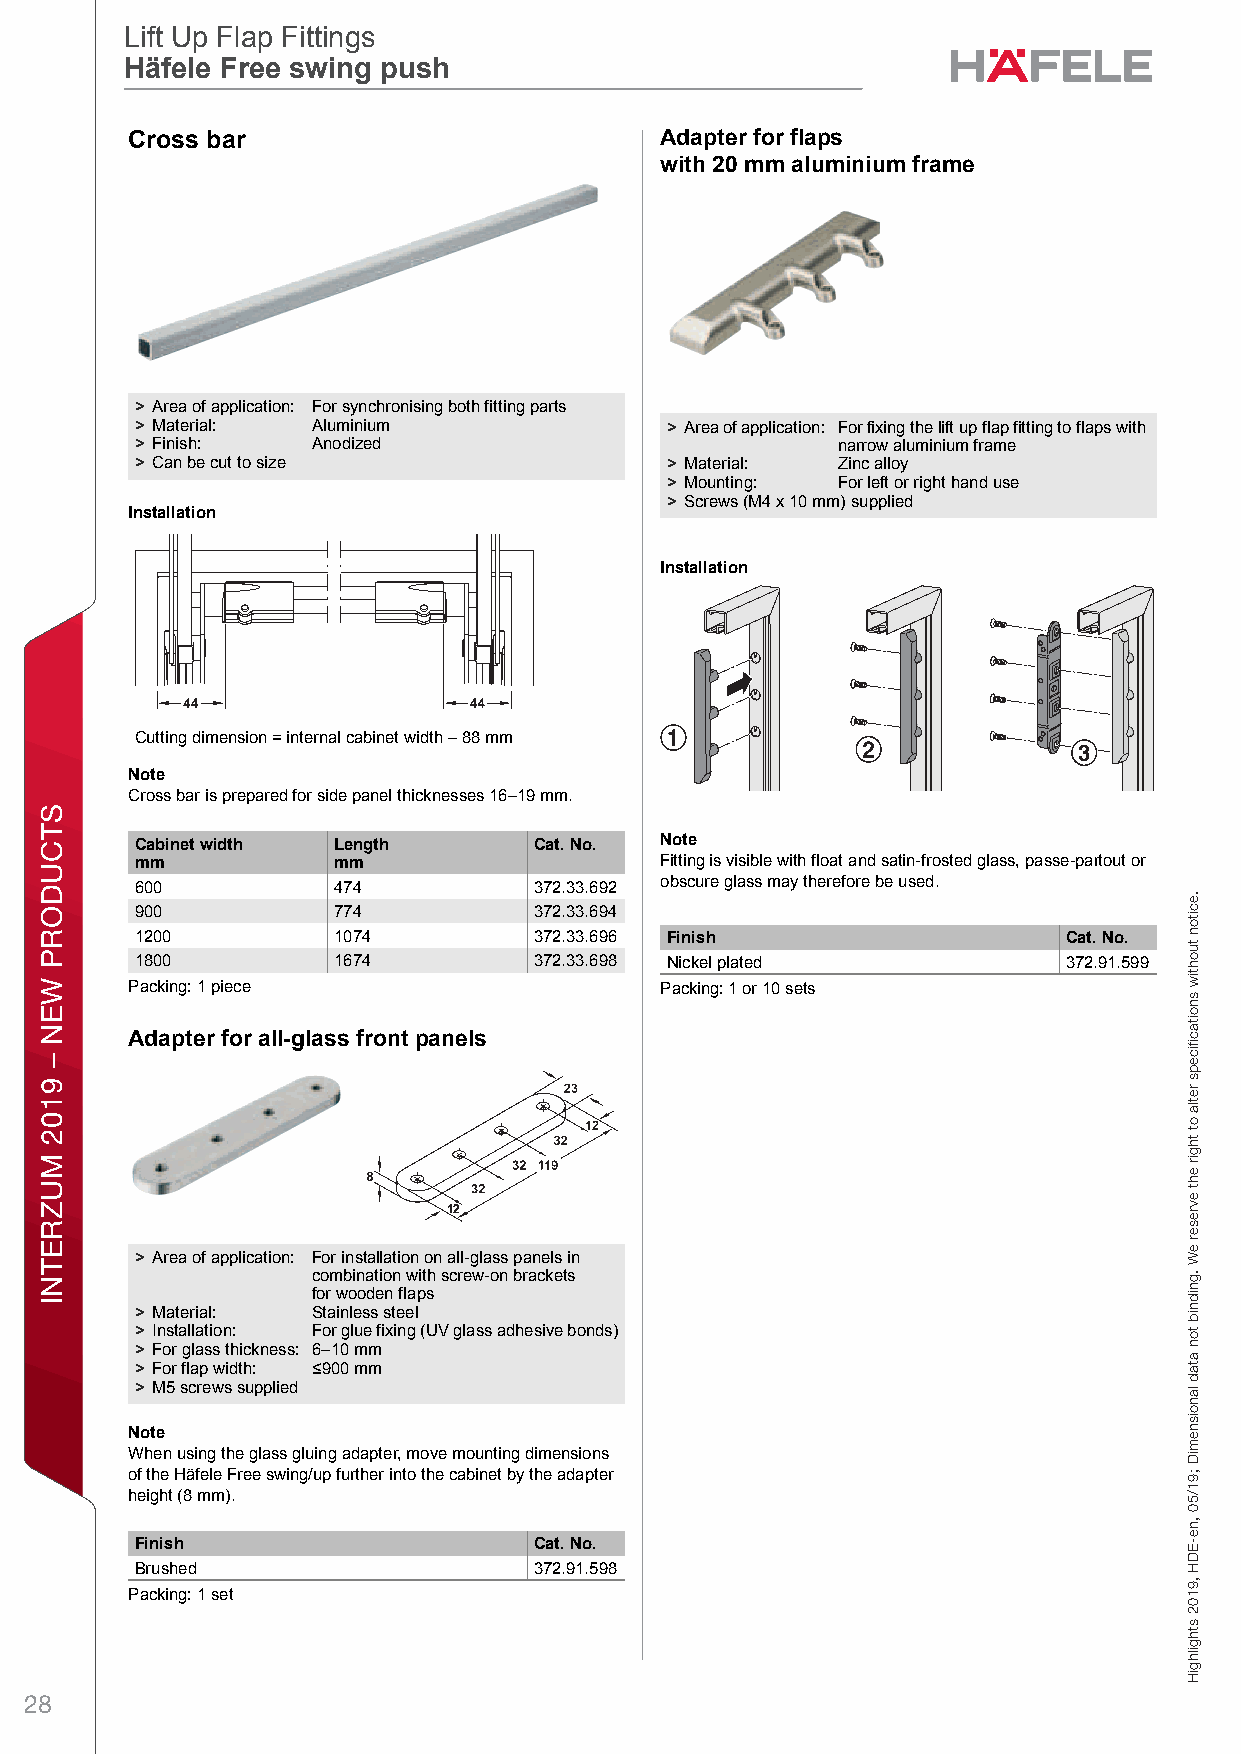
Lift Up Flap Fittings
 Lift Up Flap Fittings
 Häfele Free swing push
 Häfele Free Swing – Accessories
 Swing-Up Front FittingsFlap fittings Häfele Free E-Drive – Swing-up front fitting – accessoriesPlanning and ConstructionDimensional data not binding. We reserve the right to alter specifications without notice.
 HCäfele Flarp FittoingsLift Usp Flaps Fittings Häfbele Freea Swing r– AccessoriesPlanning and ConstructionDimensional data not binding. We reserve the right to alter specifications without notice. Adapter for flaps
 with 20 mm aluminium frame
 5
 > Area of application: For synchronising both fitting parts
 > Material: Aluminium              > Area of application: For fixing the lift up flap fitting to flaps with
 > Finish:   Anodized                          narrow aluminium frame
 > Can be cut to size               > Material: Zinc alloy
 > Mounting: For left or right hand use
 > Screws (M4 x 10 mm) supplied
 Installation
 Installation
 Cutting dimension = internal cabinet width – 88 mm
 Note
 Cross bar is prepared for side panel thicknesses 16–19 mm.
 Cabinet width Length      Cat. No. Note
 mm           mm                    Fitting is visible with float and satin-frosted glass, passe-partout or
 600          474          372.33.692 obscure glass may therefore be used.
 900          774          372.33.694
 1200         1074         372.33.696 Finish                   Cat. No.
 1800         1674         372.33.698 Nickel plated            372.91.599
 Packing: 1 piece                   Packing: 1 or 10 sets
 Adapter for all-glass front panels
 > Area of application: For installation on all-glass panels in
 combination with screw-on brackets
 for wooden flaps
 > Material: Stainless steel
 > Installation: For glue fixing (UV glass adhesive bonds)
 > For glass thickness: 6–10 mm
 > For flap width: <900 mm
 > M5 screws supplied
 Note
 When using the glass gluing adapter, move mounting dimensions
 of the Häfele Free swing/up further into the cabinet by the adapter
 height (8 mm).
 Finish                    Cat. No.
 Brushed                   372.91.598
 Packing: 1 set
 28
 STCUDORP
 WEN
 –
 9102
 MUZRETNI
 sgnittiF
 palF
 elefäH
 .eciton
 tuohtiw
 snoitacfiiceps
 retla
 ot
 thgir
 eht
 evreser
 eW
 .gnidnib
 ton
 atad
 lanoisnemiD
 ;91/50
 ,ne-EDH
 ,9102
 sthgilhgiH